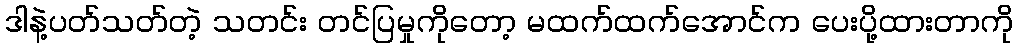
ဒါနဲ့ပတ်သတ်တဲ့ သတင်း တင်ပြမှုကိုတော့ မထက်ထက်အောင်က ပေးပို့ထားတာကို